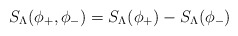
\begin{align*}S_{\Lambda}(\phi_+,\phi_-) = S_{\Lambda}(\phi_+) - S_{\Lambda}(\phi_-)\end{align*}